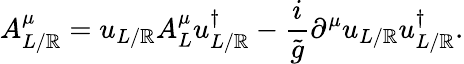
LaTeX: A_{L/\mathbb{R}}^{\mu}=u_{L/\mathbb{R}}A_{L}^{\mu}u_{L/\mathbb{R}}^{\dagger}-\frac{{i}}{{\tilde{{g}}}}\partial^{\mu}u_{L/\mathbb{R}}u_{L/\mathbb{R}}^{\dagger}.